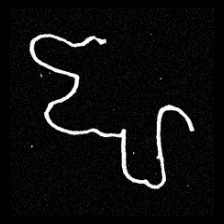
Pyu character \u2014 Myanmar letter: ဈ (romanized: jha)